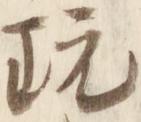
玩